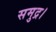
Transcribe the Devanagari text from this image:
समुद्र।